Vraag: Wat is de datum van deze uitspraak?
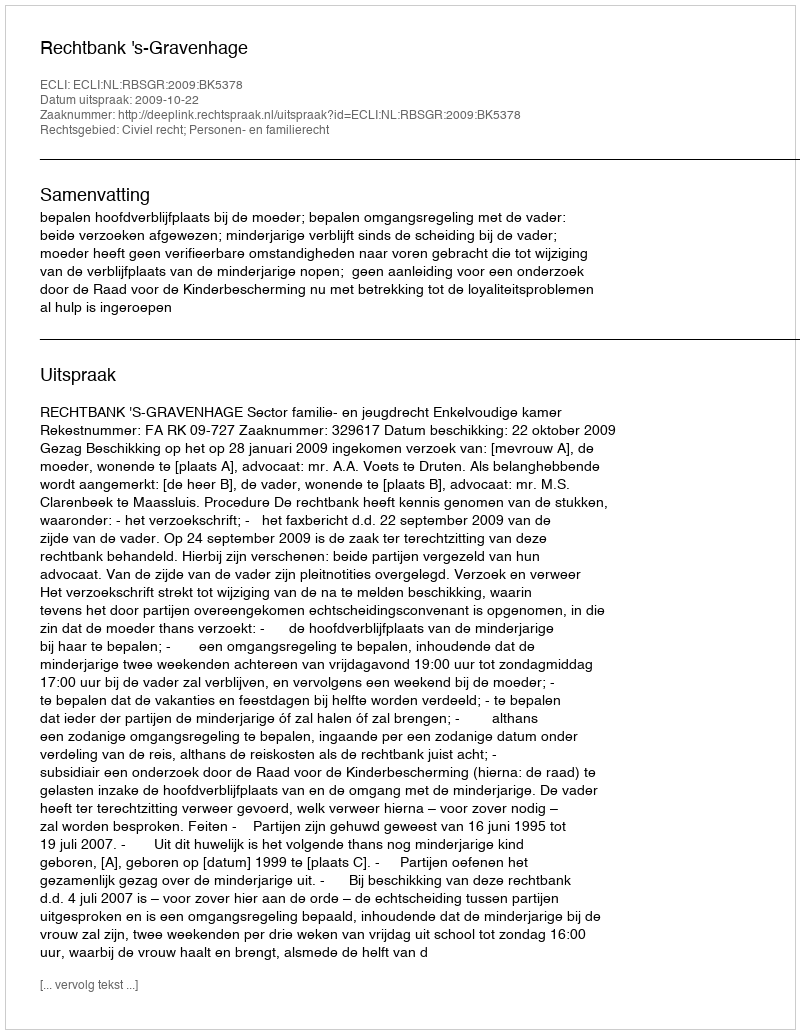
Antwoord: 2009-10-22